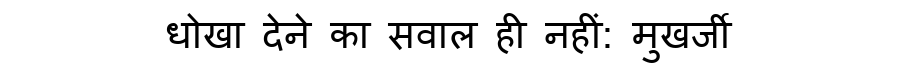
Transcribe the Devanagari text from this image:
धोखा देने का सवाल ही नहीं: मुखर्जी